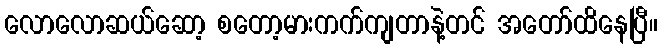
လောလောဆယ်ဆော့ စတော့မားကက်ကျတာနဲ့တင် အတော်ထိနေပြီ။